Vaccine operations Central Provinces 1868-1885 - 1868-1885
Year: 1868
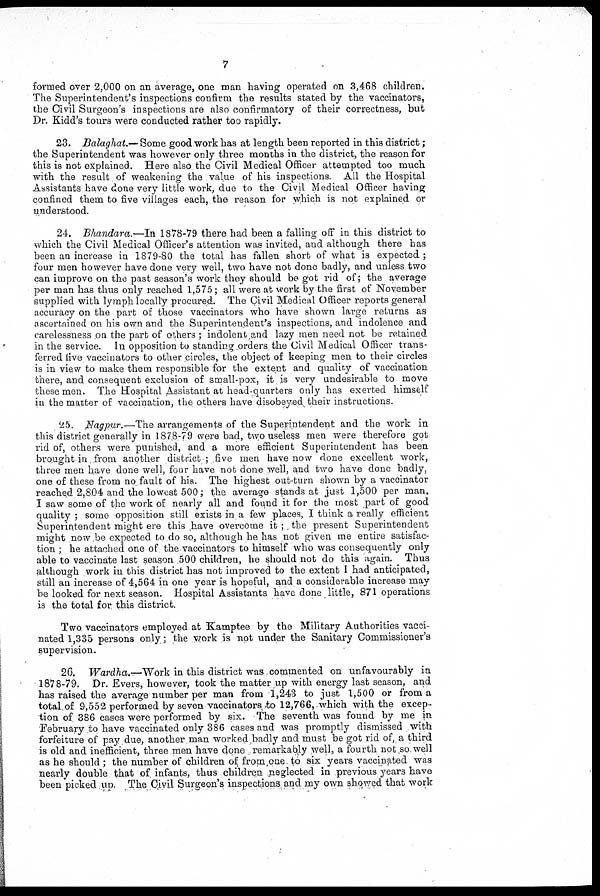
7
formed over 2,000 on an average, one man having operated on 3,468 children.
The Superintendent's inspections confirm the results stated by the vaccinators,
the Civil Surgeon's inspections are also confirmatory of their correctness, but
Dr. Kidd's tours were conducted rather too rapidly.
23. Balaghat.— Some good work has at length been reported in this district;
the Superintendent was however only three months in the district, the reason for
this is not explained. Here also the Civil Medical Officer attempted too much
with the result of weakening the value of his inspections. All the Hospital
Assistants have done very little work, due to the Civil Medical Officer having
confined them to five villages each, the reason for which is not explained or
understood.
24. Bhandara.—In 1878-79 there had been a falling off in this district to
which the Civil Medical Officer's attention was invited, and although there has
been an increase in 1879-80 the total has fallen short of what is expected ;
four men however have done very well, two have not done badly, and unless two
can improve on the past season's work they should be got rid of; the average
per man has thus only reached 1,575; all were at work by the first of November
supplied with lymph locally procured. The Civil Medical Officer reports general
accuracy on the part of those vaccinators who have shown large returns as
ascertained on his own and the Superintendent's inspections, and indolence and
carelessness on the part of others ; indolent and lazy men need not be retained
in the service. In opposition to standing orders the Civil Medical Officer trans-
ferred live vaccinators to other circles, the object of keeping men to their circles
is in view to make them responsible for the extent and quality of vaccination
there, and consequent exclusion of small-pox, it is very undesirable to move
these men. The Hospital Assistant at head-quarters only has exerted himself
in the matter of vaccination, the others have disobeyed their instructions.
25. Nagpur.—The arrangements of the Superintendent and the work in
this district generally in 187.8-79 were bad, two useless men were therefore got
rid of, others were punished, and a more efficient Superintendent has been
brought in from another district; five men have now done excellent work,
three men have done well, four have not done well, and two have done badly,
one of these from no fault of his. The highest out-turn shown by a vaccinator
reached 2,804 and the lowest 500; the average stands at just 1,500 per man,
I saw some of the work of nearly all and found it for the most part of good
quality ; some opposition still exists in a few places, I think a really efficient
Superintendent might ere this have overcome it ; the present Superintendent
might now be expected to do so, although he has not given me entire satisfac-
tion ; he attached one of the vaccinators to himself who was consequently only
able to vaccinate last season 500 children, he should not do this again. Thus
although work in this district has not improved to the extent I had anticipated,
still an increase of 4,564 in one year is hopeful, and a considerable increase may
be looked for next season. Hospital Assistants have done little, 871 operations
is the total for this district.
Two vaccinators employed at Kamptee by the Military Authorities vacci-
nated 1,335 persons only; the work is not under the Sanitary Commissioner's
supervision.
26. Wardha.—Work in this district was commented on unfavourably in
1878-79. Dr. Evers, however, took the matter up with energy last season, and
has raised the average number per man from 1,243 to just 1,500 or from a
total of 9,552 performed by seven vaccinator to 12,766, which with the excep-
tion of 386 cases were performed by six. The seventh was found by me in
'February to have vaccinated only 386 cases and was promptly dismissed with
forfeiture of pay due, another, man worked badly and must be got rid of, a third
is old and inefficient, three men have done , remarkably well, a fourth not so,well
as he should ; the number of children of frorn,one to six years vaccinated was
nearly double that of, infants, thus children neglected in previous years have
been picked up. The Civil Surgeon's inspections and my own showed that work